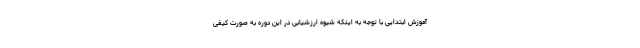
آموزش ابتدایی با توجه به اینکه شیوه ارزشیابی در این دوره به صورت کیفی